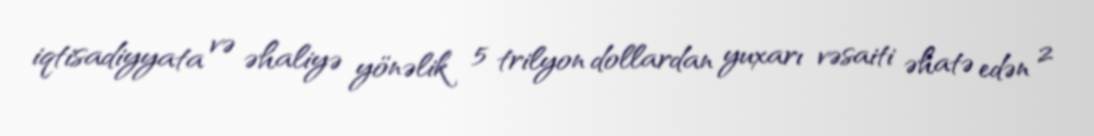
iqtisadiyyata və əhaliyə yönəlik 5 trilyon dollardan yuxarı vəsaiti əhatə edən 2